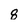
Character: 8